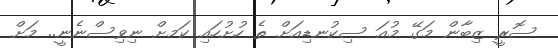
ސޮރީ ޒިބާން މަގޭ މުއަ ސިކުނޑިއަށް ތެ ހުށުހައި ކަަަމށް ނިވިސްނެނީ.. މަށް